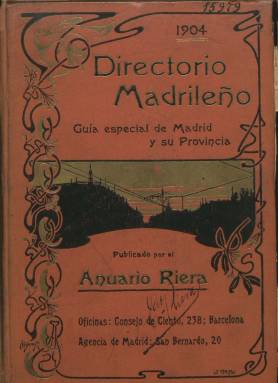
Título: Directorio madrileño
Colección: Guías y directorios
Ámbito geográfico: Barcelona
Lugar de publicación: Barcelona
Fechas: 01/01/1904-31/12/1908

Aunque su editora fue la barcelonesa Casa Editorial Anuario Riera, especializada en este tipo de publicaciones, este anuario es una “guía especial de Madrid y su provincia”, que con este título comenzó a publicar dicha editora en 1904. Está considerado como continuación del que venía publicando, desde 1885, la editorial madrileña de Carlos Bailly-Baillière con el título Guía comercial de Madrid y su provincia. Como Directorio madrileño siguió apareciendo hasta el año 1911, y la Biblioteca Nacional de España sólo tiene de este título los volúmenes correspondientes a los años 1904, 1905 y 1908. A partir de 1912 adopta el título Guía-directorio de Madrid y su provincia, siendo desde entonces sus editores Bailly-Baillière y Riera Reunidos.

Los volúmenes de la guía o directorio que nos ocupa aquí tienen un formato en 4º y en torno al millar y medio de páginas cada uno. Aparte del calendario y el santoral, resaltan sus reseñas históricas, topográficas y artísticas de Madrid, pero también de algunas de otras poblaciones de esta provincia y de las capitales limítrofes de Toledo, Ávila y Segovia, que son titulados como Viajes artísticos, que van firmados por Luis Ruiz Contreras. Al final de cada tomo inserta un índice general, además de otros onomásticos. Algunos de sus capítulos llevan los epígrafes Madrid monárquico, Madrid monumental, Madrid artístico, Madrid intelectual, Madrid pintoresco, Madrid veraniego o Madrid se divierte, que están encabezados con sus correspondientes dibujos.

Ofrece datos de población y el callejero, y en el caso de la capital, además de textos descriptivos de estatuas o fuentes de sus más conocidos espacios públicos, ofrece otros sobre sus edificios más distinguidos, como es el dedicado al Museo del Prado o al Congreso de los Diputados. Resaltan en todos ellos la serie de fotografías con los que son acompañados, procedentes de la colección de J. Lacoste, sucesor de Laurent. Así, aparecen vistas de plazas, como las de Colón o Cibeles; de edificios monumentales, como el del Senado o del Ministerio de Fomento, pero también del Monasterio de El Escorial o del Palacio de Aranjuez, de las catedrales de Toledo y de Segovia o del Alcázar desde el Puente de Alcántara, entre otras. En el directorio de 1908 insertará también planos de los aforos de los teatros madrileños, como el Real, Español, Gran Teatro (antes Lírico), el de La Zarzuela o el de la Princesa, entre otros.

A ello añade la guía en concreto, empezando por los integrantes de la Familia Real Española, del Senado, Congreso de los Diputados, ministerios y demás instituciones y organismos (administrativos, políticos, judiciales, militares o eclesiásticos, además del cuerpo diplomático y consular), pero también intelectuales. Continúa, por orden de apellidos de los profesionales, industriales, comerciantes, principales familias y nobleza española (títulos nobiliarios), con sus correspondientes direcciones. También dedica páginas a los pueblos de la provincia, agrupados por partidos judiciales, con sus correspondientes datos geográficos, históricos y estadísticos.

A todo ello añade una numerosa publicidad comercial, no sólo al final, sino también encartada en el interior de su parte informativa, a veces ilustrada con grabados. La Casa Editorial del Anuario Riera, tenía sus oficinas en Barcelona, y una agencia en Madrid. Este tipo de publicaciones consideradas de “gran utilidad” estaban dirigidas especialmente al “hombre de negocios”, pero también a un público que precisaba “tener a mano” en un solo volumen los datos de centenares de personas que ocupaban puestos públicos, tenían gran notoriedad o eran profesionales, además de contener una guía comercial e industrial amplísima.